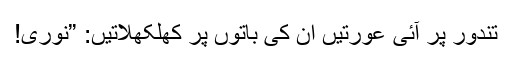
تندور پر آئی عورتیں ان کی باتوں پر کھلکھلاتیں: ”نوری!